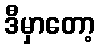
ဒီမှာတော့